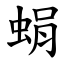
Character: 蜎